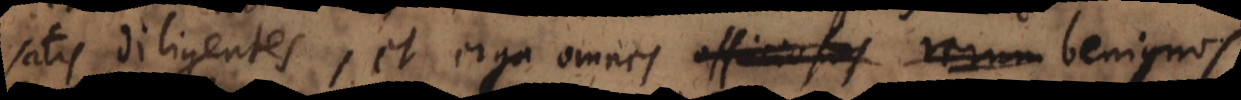
satis diligentes, et erga omnes officiosos rerum